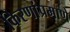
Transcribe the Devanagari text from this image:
किरणांप्रमाणे